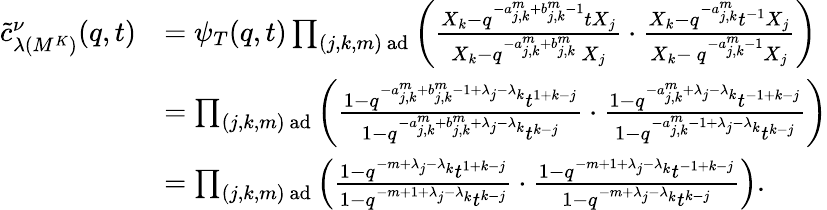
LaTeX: \begin{array}{rl}{\tilde{c}_{\lambda(M^{K})}^{\nu}(q,t)}&{=\psi_{T}(q,t)\prod_{(j,k,m)\mathrm{~ad}}\left(\frac{X_{k}-q^{-a_{j,k}^{m}+b_{j,k}^{m}-1}tX_{j}}{X_{k}-q^{-a_{j,k}^{m}+b_{j,k}^{m}}\ X_{j}}\cdot\frac{X_{k}-q^{-a_{j,k}^{m}}t^{-1}X_{j}}{X_{k}-\ q^{-a_{j,k}^{m}-1}X_{j}}\right)}\\ &{=\prod_{(j,k,m)\mathrm{~ad}}\left(\frac{1-q^{-a_{j,k}^{m}+b_{j,k}^{m}-1+\lambda_{j}-\lambda_{k}}t^{1+k-j}}{1-q^{-a_{j,k}^{m}+b_{j,k}^{m}+\lambda_{j}-\lambda_{k}}t^{k-j}}\cdot\frac{1-q^{-a_{j,k}^{m}+\lambda_{j}-\lambda_{k}}t^{-1+k-j}}{1-q^{-a_{j,k}^{m}-1+\lambda_{j}-\lambda_{k}}t^{k-j}}\right)}\\ &{=\prod_{(j,k,m)\mathrm{~ad}}\left(\frac{1-q^{-m+\lambda_{j}-\lambda_{k}}t^{1+k-j}}{1-q^{-m+1+\lambda_{j}-\lambda_{k}}t^{k-j}}\cdot\frac{1-q^{-m+1+\lambda_{j}-\lambda_{k}}t^{-1+k-j}}{1-q^{-m+\lambda_{j}-\lambda_{k}}t^{k-j}}\right).}\end{array}